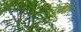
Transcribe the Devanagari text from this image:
लेर्माने